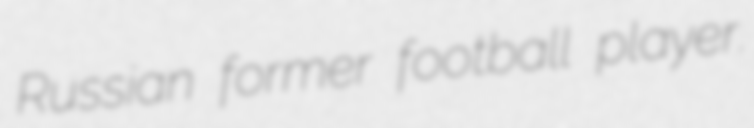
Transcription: Russian former football player.